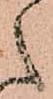
之